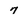
Character: 7